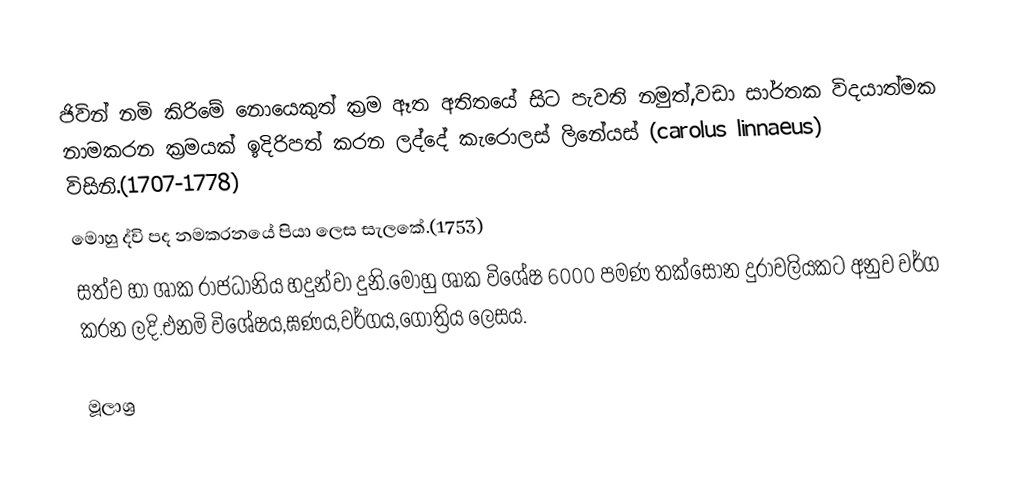
ජිවින් නමි කිරිමේ නොයෙකුත් ක්‍රම ඈත අතිතයේ සිට පැවති නමුත්,වඩා සාර්තක විදයාත්මක නාමකරන ක්‍රමයක් ඉදිරිපත් කරන ලද්දේ කැරොලස් ලිනේයස් (carolus linnaeus) විසිනි.(1707-1778)
මොහු ද්වි පද නමකරනයේ පියා ලෙස සැලකේ.(1753)
සත්ව හා ශාක රාජධානිය හදුන්වා දුනි.මොහු ශාක විශේෂ 6000 පමණ තක්සෝන දුරාවලියකට අනුව වර්ග කරන ලදි.එනමි විශේෂය,ඝණය,වර්ගය,ගෝත්‍රිය ලෙසය.

මූලාශ්‍ර